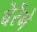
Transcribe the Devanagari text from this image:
बेरेंगे